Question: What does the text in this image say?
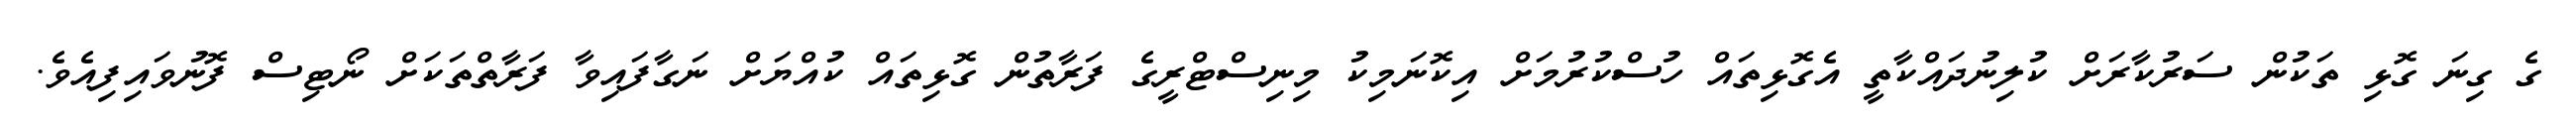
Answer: ގެ ގިނަ ގޮޅި ތަކުން ސަރުކާރަށް ކުލިނުދައްކާތީ އެގޮޅިތައް ހުސްކުރުމަށް އިކޮނަމިކު މިނިސްޓްރީގެ ފަރާތުން ގޮޅިތައް ކުއްޔަށް ނަގާފައިވާ ފަރާތްތަކަށް ނޯޓިސް ފޮނުވައިފިއެވެ.